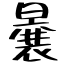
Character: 曩